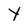
Character: Y